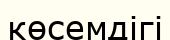
көсемдігі